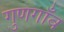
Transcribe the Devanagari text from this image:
गुणगाँव